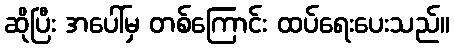
ဆိုပြီး အပေါ်မှ တစ်ကြောင်း ထပ်ရေးပေးသည်။